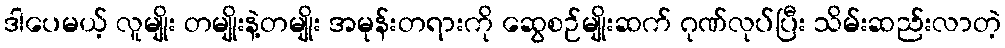
ဒါပေမယ့် လူမျိုး တမျိုးနဲ့တမျိုး အမုန်းတရားကို ဆွေစဉ်မျိုးဆက် ဂုဏ်လုပ်ပြီး သိမ်းဆည်းလာတဲ့